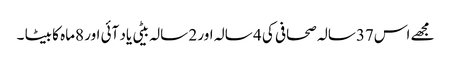
مجھے اس37سالہ صحافی کی 4 سالہ اور 2 سالہ بیٹی یاد آئی اور 8ماہ کا بیٹا ۔